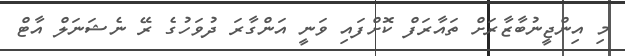
މި އިންޖީނުބާޒާރަށް ތައާރަފް ކޮށްފައި ވަނީ އަންގާރަ ދުވަހުގެ ރޭ ނެޝަނަލް އާޓް